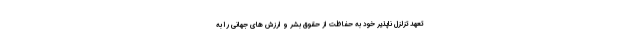
تعهد تزلزل ناپذیر خود به حفاظت از حقوق بشر و ارزش های جهانی را به